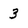
Character: 3